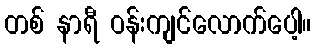
တစ် နာရီ ဝန်းကျင်လောက်ပေါ့။